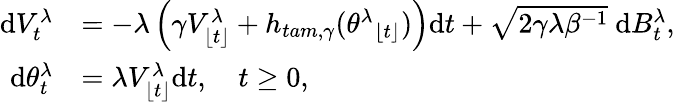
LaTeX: \begin{array}{rl}{\mathrm{d}{V}_{t}^{\lambda}}&{=-\lambda\left(\gamma{V}_{\lfloor t\rfloor}^{\lambda}+h_{tam,\gamma}({\theta^{\lambda}}_{\lfloor t\rfloor})\right)\mathrm{d}t+\sqrt{2\gamma\lambda\beta^{-1}}\mathrm{~d}B_{t}^{\lambda},}\\ {\mathrm{d}{\theta}_{t}^{\lambda}}&{=\lambda{V}_{\lfloor t\rfloor}^{\lambda}\mathrm{d}t,\quad t\geq 0,}\end{array}